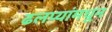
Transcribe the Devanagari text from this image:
ढलप्यांमधून